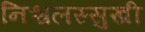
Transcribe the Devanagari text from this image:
निश्चलस्सुखी